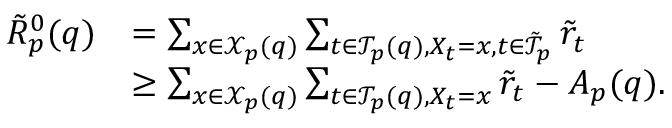
\begin{array} { r l } { \tilde { R } _ { p } ^ { 0 } ( q ) } & { = \sum _ { x \in \mathcal { X } _ { p } ( q ) } \sum _ { t \in \mathcal { T } _ { p } ( q ) , X _ { t } = x , t \in \tilde { \mathcal { T } } _ { p } } \tilde { r } _ { t } } \\ & { \geq \sum _ { x \in \mathcal { X } _ { p } ( q ) } \sum _ { t \in \mathcal { T } _ { p } ( q ) , X _ { t } = x } \tilde { r } _ { t } - A _ { p } ( q ) . } \end{array}